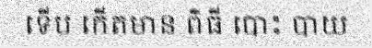
ទើប កើតមាន ពិធី បោះ បាយ